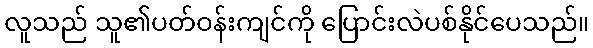
လူသည် သူ၏ပတ်ဝန်းကျင်ကို ပြောင်းလဲပစ်နိုင်ပေသည်။